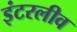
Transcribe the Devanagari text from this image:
इंटरलीव